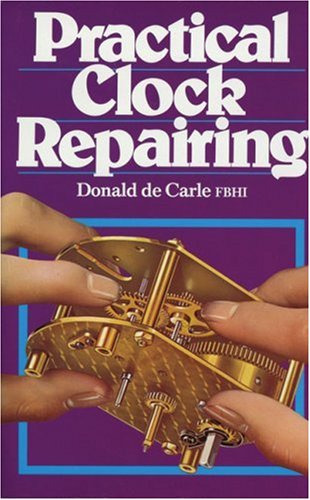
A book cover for Practical Clock Repairing; Donald de Carle; Crafts, Hobbies & Home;